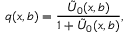
q ( x , b ) = \frac { \tilde { U } _ { 0 } ( x , b ) } { 1 + \tilde { U } _ { 0 } ( x , b ) } ,